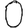
Digit: 0